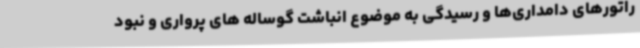
راتورهای دامداری‌ها و رسیدگی به موضوع انباشت گوساله های پرواری و نبود